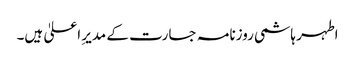
اطہر ہاشمی روزنامہ جسارت کے مدیرِ اعلیٰ ہیں۔